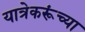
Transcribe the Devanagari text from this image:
यात्रेकरूंच्या